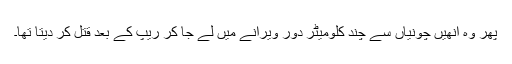
پھر وہ انھیں چونیاں سے چند کلومیٹر دور ویرانے میں لے جا کر ریپ کے بعد قتل کر دیتا تھا۔